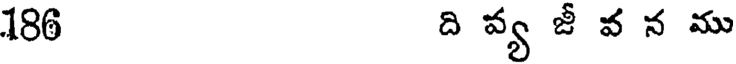
186 ది వ్య జీ వ న ము